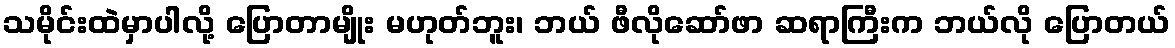
သမိုင်းထဲမှာပါလို့ ပြောတာမျိုး မဟုတ်ဘူး၊ ဘယ် ဖီလိုဆော်ဖာ ဆရာကြီးက ဘယ်လို ပြောတယ်